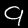
Label: 9